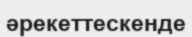
әрекеттескенде